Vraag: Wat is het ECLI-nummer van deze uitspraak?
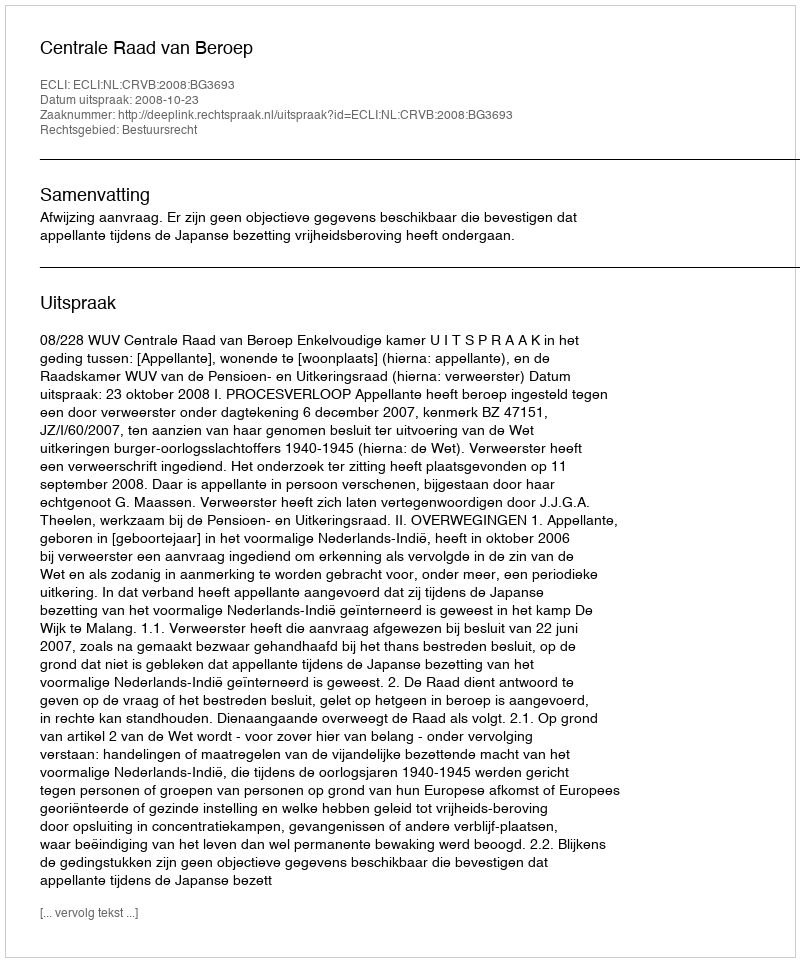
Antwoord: ECLI:NL:CRVB:2008:BG3693